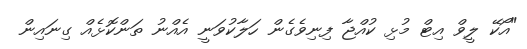
"އޯކޭ ލީވް އިޓް މުޅި ކުއްޖާ ފިނިވެގެން ހަލާކުވަނީ އެއްނު ތަންކޮޅެއް ގިނައިން